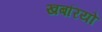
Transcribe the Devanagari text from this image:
खबरियो